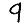
Digit: 9